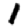
Digit: 1